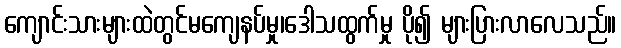
ကျောင်းသားများထဲတွင်မကျေနပ်မှု၊ဒေါသထွက်မှု ပို၍ များပြားလာလေသည်။